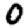
Digit: 0